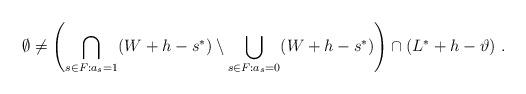
LaTeX: \begin{align*} \emptyset \neq \left(\bigcap_{s \in F : a_s = 1} (W + h - s^*) \setminus \bigcup_{s\in F : a_s = 0} (W + h - s^*) \right) \cap (L^*+ h -\vartheta) \ . \end{align*}